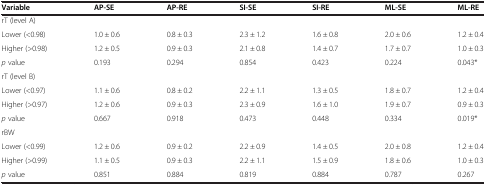
| Variable | AP-SE | AP-RE | SI-SE | SI-RE | ML-SE | ML-RE |
 | --- | --- | --- | --- | --- | --- | --- |
 | rT (level A) |  |  |  |  |  |  |
 | Lower (<0.98) | 1.0 ± 0.6 | 0.8 ± 0.3 | 2.3 ± 1.2 | 1.6 ± 0.8 | 2.0 ± 0.6 | 1.2 ± 0.4 |
 | Higher (>0.98) | 1.2 ± 0.5 | 0.9 ± 0.3 | 2.1 ± 0.8 | 1.4 ± 0.7 | 1.7 ± 0.7 | 1.0 ± 0.3 |
 | p value | 0.193 | 0.294 | 0.854 | 0.423 | 0.224 | 0.043* |
 | rT (level B) |  |  |  |  |  |  |
 | Lower (<0.97) | 1.1 ± 0.6 | 0.8 ± 0.2 | 2.2 ± 1.1 | 1.3 ± 0.5 | 1.8 ± 0.7 | 1.2 ± 0.4 |
 | Higher (>0.97) | 1.2 ± 0.6 | 0.9 ± 0.3 | 2.3 ± 0.9 | 1.6 ± 1.0 | 1.9 ± 0.7 | 0.9 ± 0.3 |
 | p value | 0.667 | 0.918 | 0.473 | 0.448 | 0.334 | 0.019* |
 | rBW |  |  |  |  |  |  |
 | Lower (<0.99) | 1.2 ± 0.6 | 0.9 ± 0.2 | 2.2 ± 0.9 | 1.4 ± 0.5 | 2.0 ± 0.8 | 1.2 ± 0.4 |
 | Higher (>0.99) | 1.1 ± 0.5 | 0.9 ± 0.3 | 2.2 ± 1.1 | 1.5 ± 0.9 | 1.8 ± 0.6 | 1.0 ± 0.3 |
 | p value | 0.851 | 0.884 | 0.819 | 0.884 | 0.787 | 0.267 |